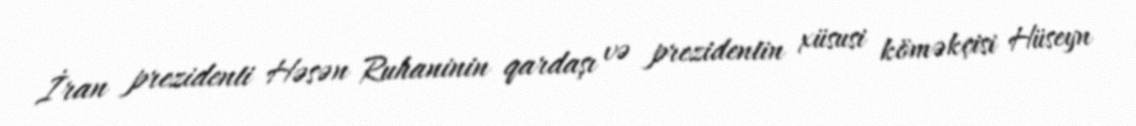
İran prezidenti Həsən Ruhaninin qardaşı və prezidentin xüsusi köməkçisi Hüseyn